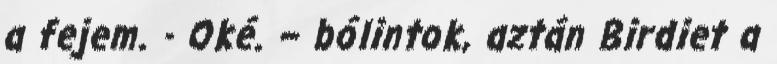
a fejem. - Oké. – bólintok, aztán Birdiet a